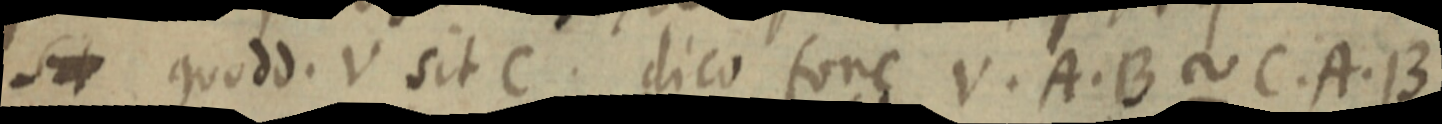
sit quodd. V sit C. dico fone V. A. B ~ C. A. B